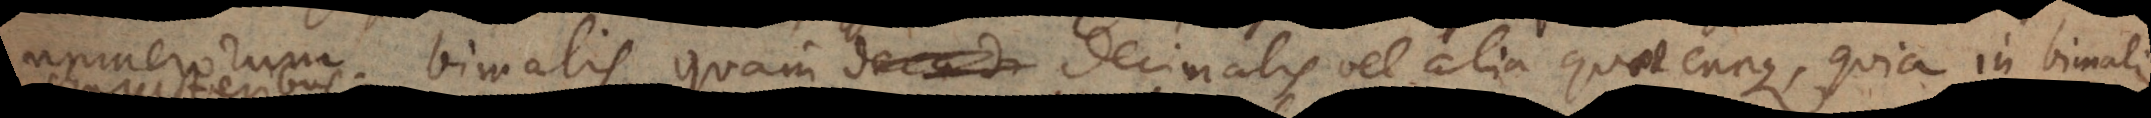
numerorum bimalis, quam decimalis vel alia quaecunque, quia in bimali